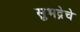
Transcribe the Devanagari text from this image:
सुभद्रेचे